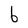
Character: b